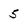
Character: 5